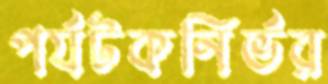
পর্যটকনির্ভর